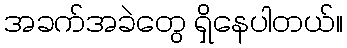
အခက်အခဲတွေ ရှိနေပါတယ်။